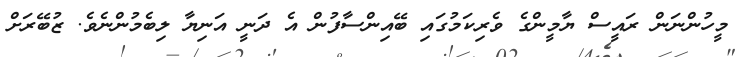
މީހުންނަން ރައީސް ޔާމީންގެ ވެރިކަމުގައި ބޭއިންސާފުން އެ ދަނީ އަނިޔާ ލިބެމުންނެވެ. ޒުބޭރަށް